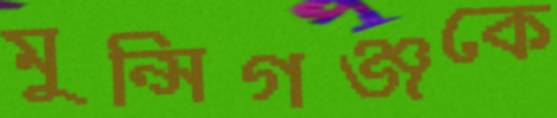
মুন্সিগঞ্জকে